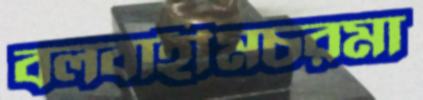
বলবাহীমচরমা